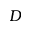
\cal D